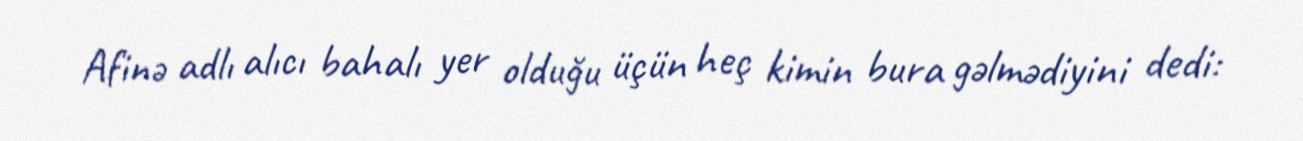
Afinə adlı alıcı bahalı yer olduğu üçün heç kimin bura gəlmədiyini dedi: